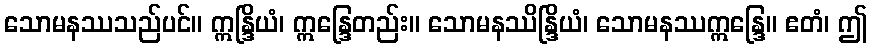
သောမနဿသည်ပင်။ ဣန္ဒြိယံ၊ ဣန္ဒြေတည်း။ သောမနဿိန္ဒြိယံ၊ သောမနဿဣန္ဒြေ။ ဧတံ၊ ဤ